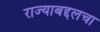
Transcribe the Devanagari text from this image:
राज्याबद्दलचा